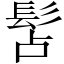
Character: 𩬑